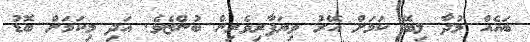
ބައެއް މުދާ ލިބޭ ކަމަށް އޭރު ވިޔަފާރިވެރިން ބުންޏެވެ. އަދި މިކަމަށް ބޮޑު